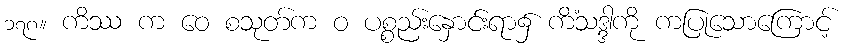
၁၇၈။ ကိဿ က ဝေ စသုတ်က ဝ ပစ္စည်းနှောင်းရာ၌ ကိံသဒ္ဒါကို ကပြုသောကြောင့်